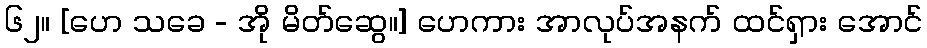
၆၂။ [ဟေ သခေ - အို မိတ်ဆွေ။] ဟေကား အာလုပ်အနက် ထင်ရှား အောင်